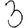
Digit: 3